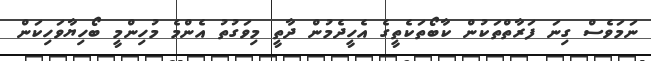
ނަމަވެސް ގިނަ ފަރާތްތަކުން ކާބޯތަކެތީގެ އެހީދެމުން ދާތީ މިވަގުތު އެންމެ މުހިންމީ ބޯހިޔާވަހިކަން